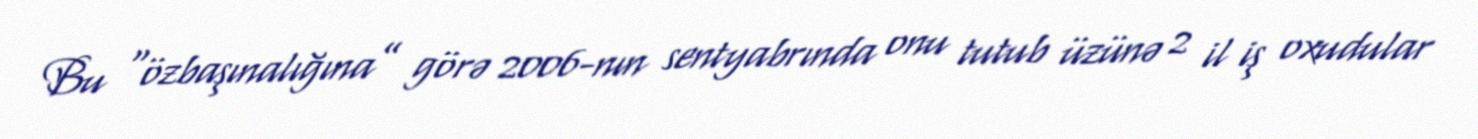
Bu “özbaşınalığına” görə 2006-nın sentyabrında onu tutub üzünə 2 il iş oxudular